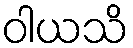
ဝါယသိ